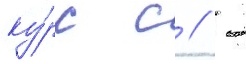
ку́рс с // -